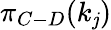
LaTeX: \pi_{C-D}(k_{\mathit{j}})